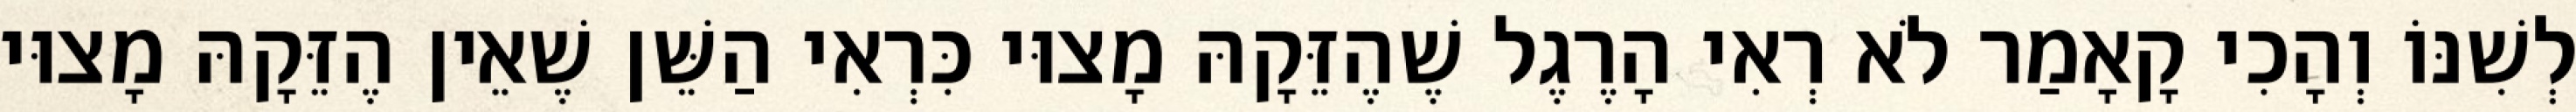
לְשִׁנּוֹ וְהָכִי קָאָמַר לֹא רְאִי הָרֶגֶל שֶׁהֶזֵּקָהּ מָצוּי כִּרְאִי הַשֵּׁן שֶׁאֵין הֶזֵּקָהּ מָצוּי